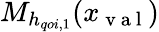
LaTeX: M_{h_{qoi,1}}(x_{\mathrm{~v~a~l~}})